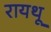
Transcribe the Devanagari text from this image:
रायथू